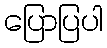
ပြောပြပါ